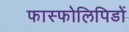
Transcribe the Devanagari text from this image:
फास्फोलिपिडों